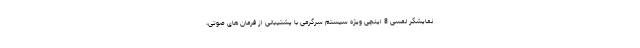
نمایشگر لمسی 8 اینچی ویژه سیستم سرگرمی با پشتیبانی از فرمان های صوتی،